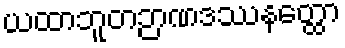
ယထာဘူတဉာဏဒဿနတ္ထော